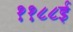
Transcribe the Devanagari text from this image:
११८८ई